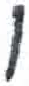
אות: ו